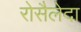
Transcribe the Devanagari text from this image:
रोसैलेदा